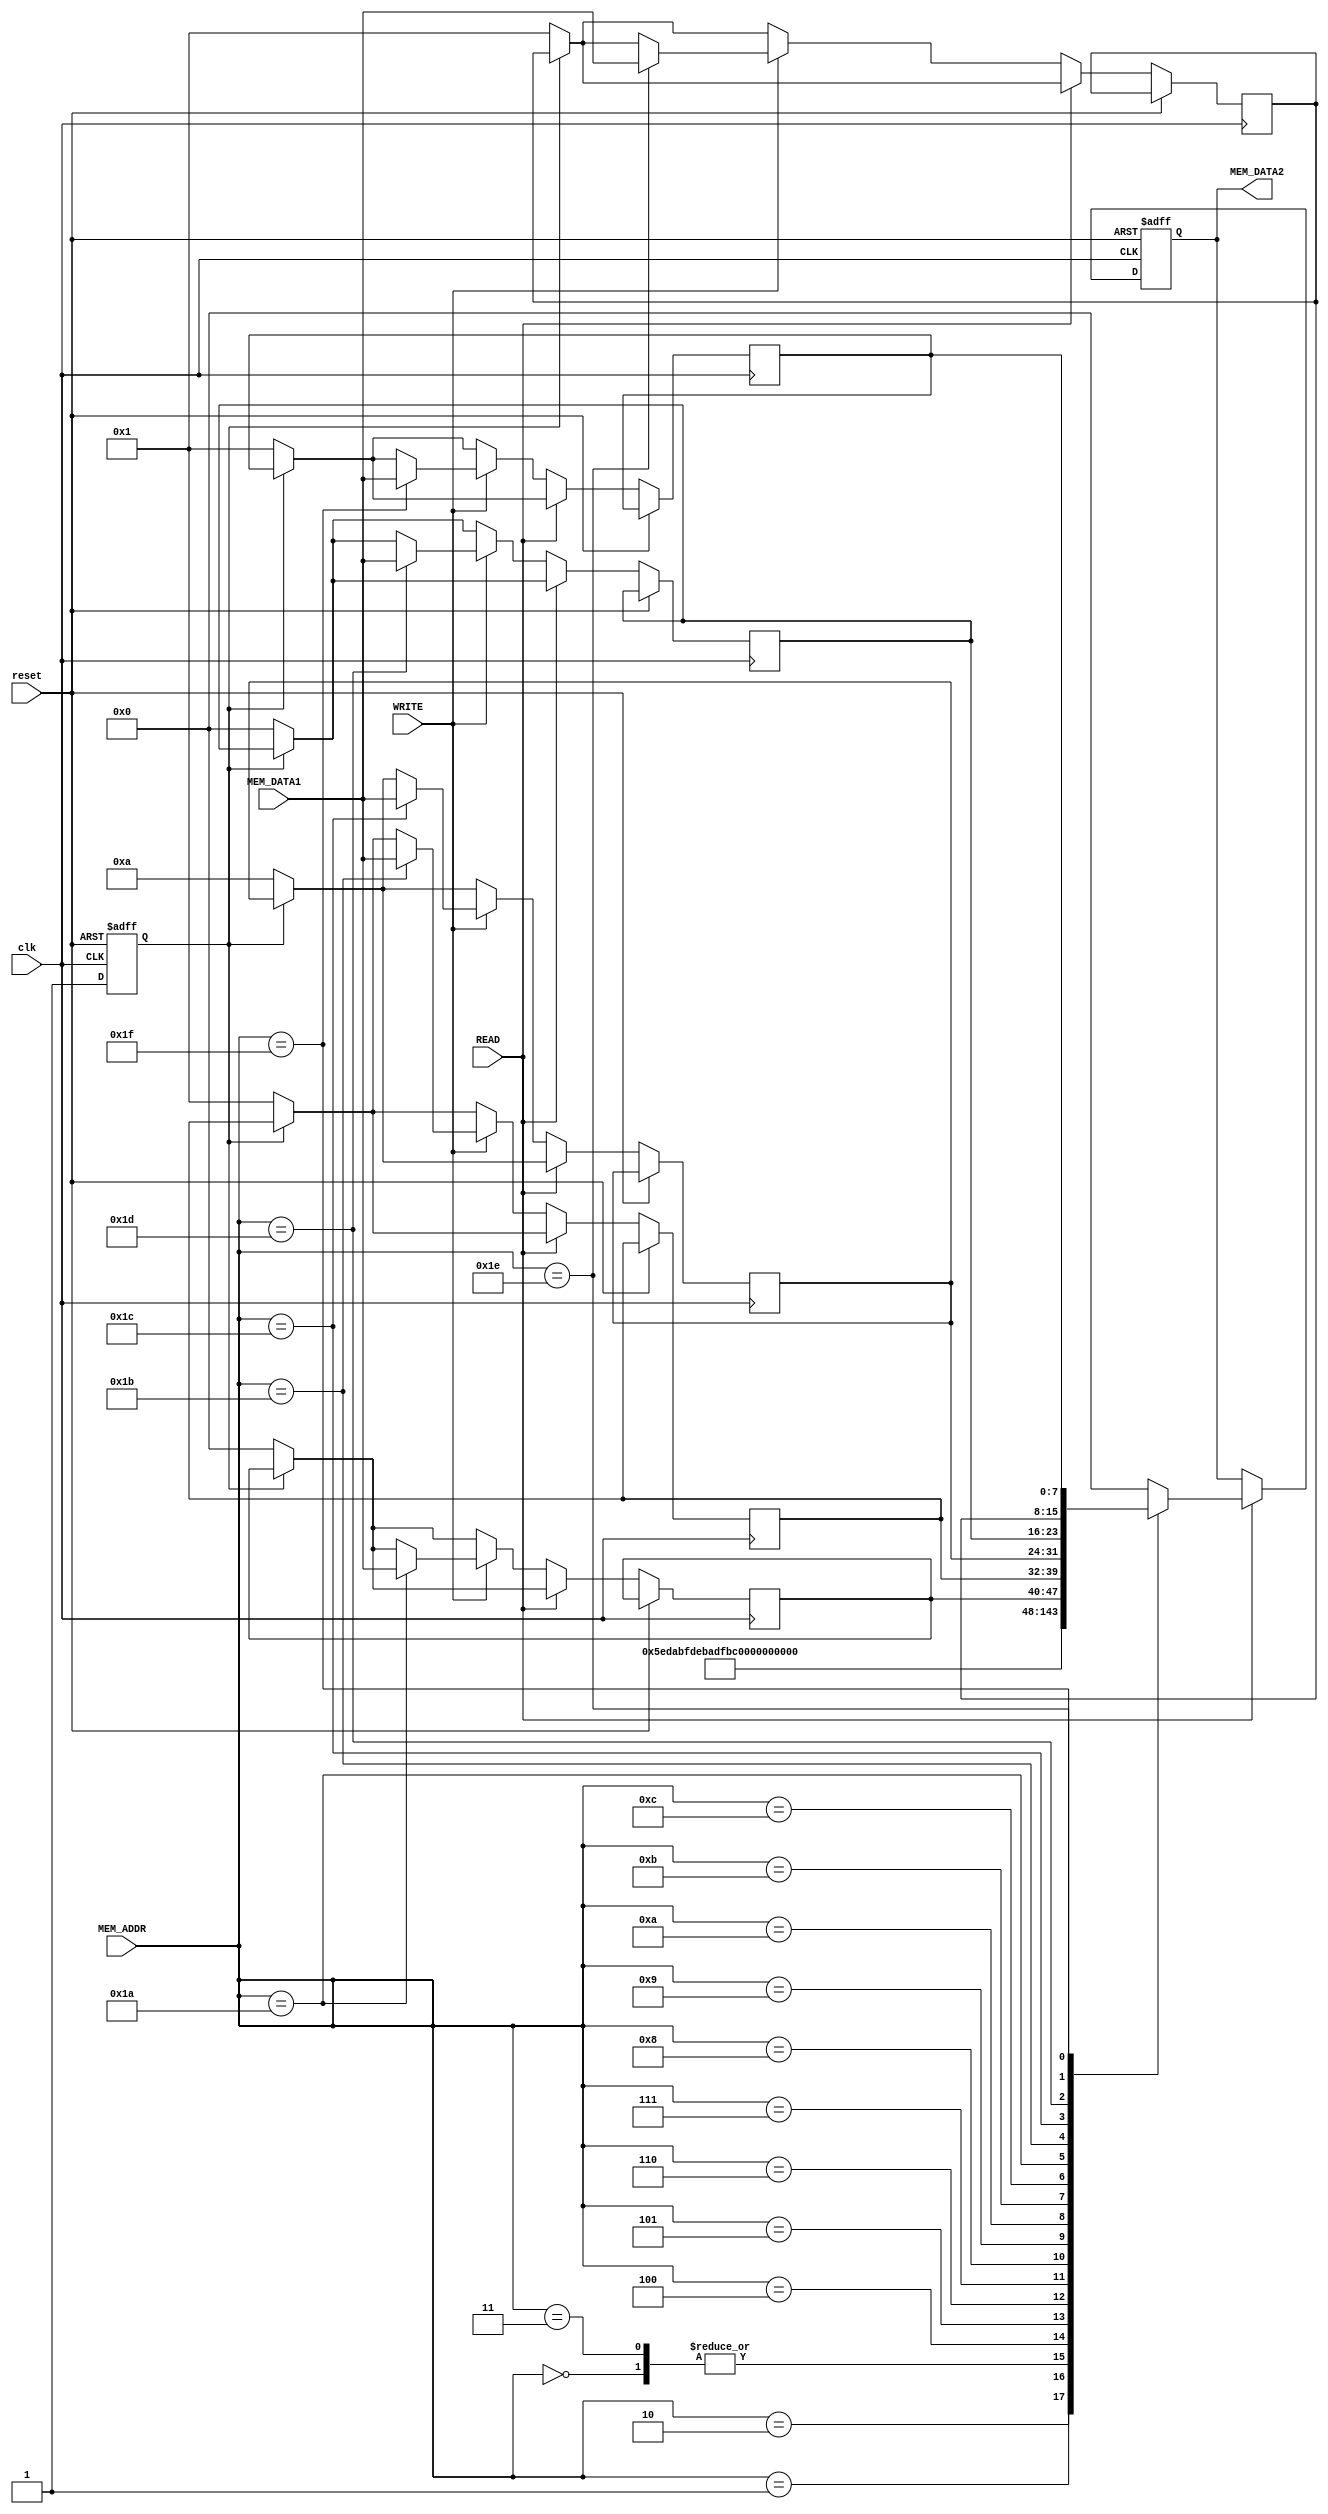
module memory(
	input reset,
	input clk,
	input READ,
	input WRITE,
	input [4:0] MEM_ADDR,
	input [7:0] MEM_DATA1,
	output reg [7:0] MEM_DATA2
	);

                 
//
reg [7:0] tmp   ;
reg [7:0] one   ;
reg [7:0] last_n;
reg [7:0] n     ;
reg [7:0] xn1   ;
reg [7:0] xn    ;
reg temp        ;

always@(posedge reset or posedge clk) begin
	 if(reset) begin
	  MEM_DATA2 <= 8'b0;
	  temp      <= 0;
	 end
	 else begin
	 	if(temp == 0)begin
		 tmp    <= 8'b0       ;
		 one    <= 8'b00000001;
		 last_n <= 8'b00001010;
		 n      <= 8'b00000000;
		 xn1    <= 8'b00000001;
		 xn     <= 8'b00000001;
		 temp   <= 1;
		end
		if(READ)
			case(MEM_ADDR)
			  5'b00000 : MEM_DATA2 <= 8'b10111111;
			  5'b00001 : MEM_DATA2 <= 8'b01011110;
			  5'b00010 : MEM_DATA2 <= 8'b11011010;
			  5'b00011 : MEM_DATA2 <= 8'b10111111;
			  5'b00100 : MEM_DATA2 <= 8'b11011110;
			  5'b00101 : MEM_DATA2 <= 8'b10111010;
			  5'b00110 : MEM_DATA2 <= 8'b11011111;
			  5'b00111 : MEM_DATA2 <= 8'b10111101;
			  5'b01000 : MEM_DATA2 <= 8'b01011011;
			  5'b01001 : MEM_DATA2 <= 8'b11011101;
			  5'b01010 : MEM_DATA2 <= 8'b10011100;
			  5'b01011 : MEM_DATA2 <= 8'b00100000;
			  5'b01100 : MEM_DATA2 <= 8'b11100000;
			  5'b01101 : MEM_DATA2 <= 8'b00000000;
			  5'b11010 : MEM_DATA2 <= tmp        ;
           5'b11011 : MEM_DATA2 <= one        ;
           5'b11100 : MEM_DATA2 <= last_n     ;
           5'b11101 : MEM_DATA2 <= n          ;
           5'b11110 : MEM_DATA2 <= xn1        ;
           5'b11111 : MEM_DATA2 <= xn         ;
           default  : MEM_DATA2 <= 8'b00000000;
        endcase
		else if(WRITE)
			case(MEM_ADDR)
			 5'b11010 : tmp    <= MEM_DATA1; 
			 5'b11011 : one    <= MEM_DATA1;
			 5'b11100 : last_n <= MEM_DATA1;
			 5'b11101 : n      <= MEM_DATA1;
			 5'b11110 : xn1    <= MEM_DATA1;
			 5'b11111 : xn     <= MEM_DATA1;
			endcase
		end
 end
     
endmodule